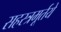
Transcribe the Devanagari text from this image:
सहस्त्रमूर्तये